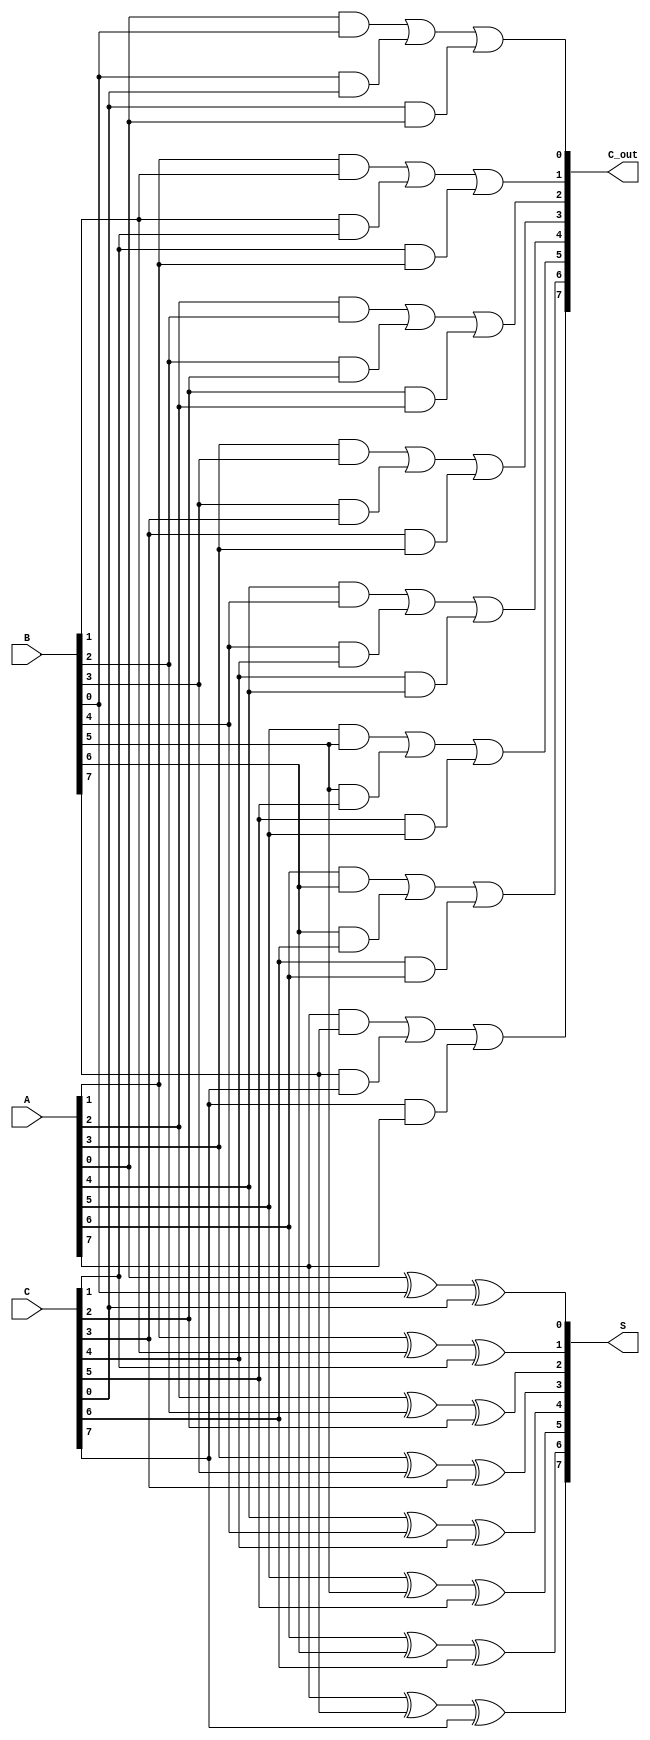
module ParallelCarrySaveAdder #(parameter N = 8) (
    input  [N-1:0] A,  // First n-bit input
    input  [N-1:0] B,  // Second n-bit input
    input  [N-1:0] C,  // Third n-bit input
    output [N-1:0] S,  // Sum output
    output [N-1:0] C_out // Carry output
);

    // Generate the sum and carry outputs
    genvar i;
    generate
        for (i = 0; i < N; i = i + 1) begin : CSA
            // Sum calculation using XOR
            assign S[i] = A[i] ^ B[i] ^ C[i];
            // Carry calculation using AND and OR
            assign C_out[i] = (A[i] & B[i]) | (B[i] & C[i]) | (C[i] & A[i]);
        end
    endgenerate

endmodule